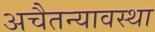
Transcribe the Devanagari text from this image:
अचैतन्यावस्था